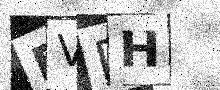
Text: PVDH